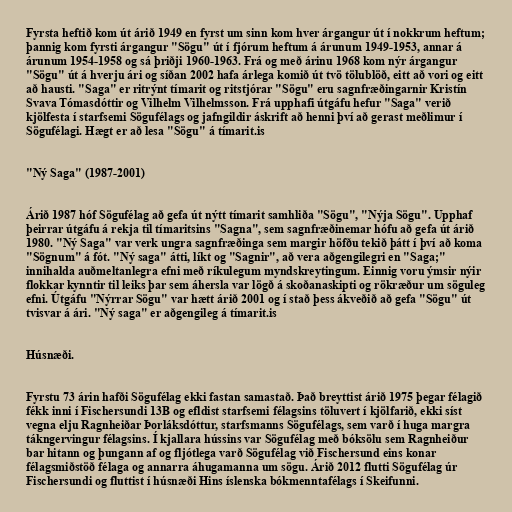
Fyrsta heftið kom út árið 1949 en fyrst um sinn kom hver árgangur út í nokkrum heftum;
þannig kom fyrsti árgangur "Sögu" út í fjórum heftum á árunum 1949-1953, annar á
árunum 1954-1958 og sá þriðji 1960-1963. Frá og með árinu 1968 kom nýr árgangur
"Sögu" út á hverju ári og síðan 2002 hafa árlega komið út tvö tölublöð, eitt að vori og eitt
að hausti. "Saga" er ritrýnt tímarit og ritstjórar "Sögu" eru sagnfræðingarnir Kristín
Svava Tómasdóttir og Vilhelm Vilhelmsson. Frá upphafi útgáfu hefur "Saga" verið
kjölfesta í starfsemi Sögufélags og jafngildir áskrift að henni því að gerast meðlimur í
Sögufélagi. Hægt er að lesa "Sögu" á tímarit.is

"Ný Saga" (1987-2001)

Árið 1987 hóf Sögufélag að gefa út nýtt tímarit samhliða "Sögu", "Nýja Sögu". Upphaf
þeirrar útgáfu á rekja til tímaritsins "Sagna", sem sagnfræðinemar hófu að gefa út árið
1980. "Ný Saga" var verk ungra sagnfræðinga sem margir höfðu tekið þátt í því að koma
"Sögnum" á fót. "Ný saga" átti, líkt og "Sagnir", að vera aðgengilegri en "Saga;"
innihalda auðmeltanlegra efni með ríkulegum myndskreytingum. Einnig voru ýmsir nýir
flokkar kynntir til leiks þar sem áhersla var lögð á skoðanaskipti og rökræður um söguleg
efni. Útgáfu "Nýrrar Sögu" var hætt árið 2001 og í stað þess ákveðið að gefa "Sögu" út
tvisvar á ári. "Ný saga" er aðgengileg á tímarit.is

Húsnæði.

Fyrstu 73 árin hafði Sögufélag ekki fastan samastað. Það breyttist árið 1975 þegar félagið
fékk inni í Fischersundi 13B og efldist starfsemi félagsins töluvert í kjölfarið, ekki síst
vegna elju Ragnheiðar Þorláksdóttur, starfsmanns Sögufélags, sem varð í huga margra
tákngervingur félagsins. Í kjallara hússins var Sögufélag með bóksölu sem Ragnheiður
bar hitann og þungann af og fljótlega varð Sögufélag við Fischersund eins konar
félagsmiðstöð félaga og annarra áhugamanna um sögu. Árið 2012 flutti Sögufélag úr
Fischersundi og fluttist í húsnæði Hins íslenska bókmenntafélags í Skeifunni.